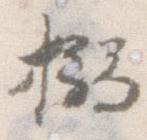
搦